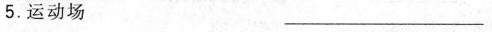
5.运动场___